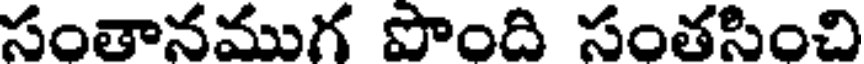
సంతానముగ పొంది సంతసించి